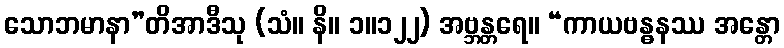
သောဘမာနာ”တိအာဒီသု (သံ။ နိ။ ၁။၁၂၂) အဗ္ဘန္တရေ။ “ကာယဗန္ဓနဿ အန္တော